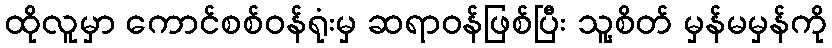
ထိုလူမှာ ကောင်စစ်ဝန်ရုံးမှ ဆရာဝန်ဖြစ်ပြီး သူ့စိတ် မှန်မမှန်ကို